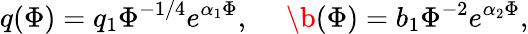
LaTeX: q(\Phi)=q_{1}\Phi^{-1/4}e^{\alpha_{1}\Phi},\ \ \ \ \ \b(\Phi)=b_{1}\Phi^{-2}e^{\alpha_{2}\Phi},